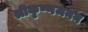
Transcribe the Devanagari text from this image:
श्रीकृष्णजनन